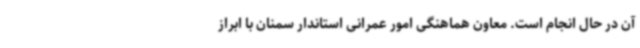
آن در حال انجام است. معاون هماهنگی امور عمرانی استاندار سمنان با ابراز